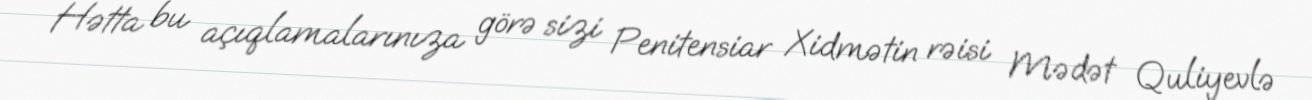
Hətta bu açıqlamalarınıza görə sizi Penitensiar Xidmətin rəisi Mədət Quliyevlə